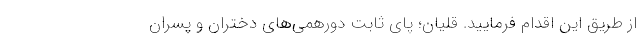
از طریق این اقدام فرمایید. قلیان؛ پای ثابت دورهمی‌های دختران و پسران